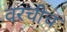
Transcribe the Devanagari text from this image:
वरचीच